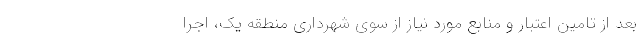
بعد از تامین اعتبار و منابع مورد نیاز از سوی شهرداری منطقه یک، اجرا